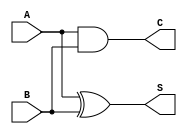
module one_bit_half_adder(A, B, S, C);
input A, B;
output S, C;

assign S = A ^ B;
assign C = A & B;

endmodule